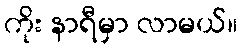
ကိုး နာရီမှာ လာမယ်။